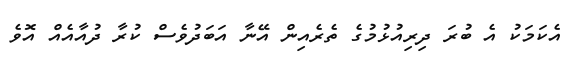
އެކަމަކު އެ ބުރަ ދިރިއުޅުމުގެ ތެރެއިން އޭނާ އަބަދުވެސް ކުރާ ދުއާއެއް އޮވެ